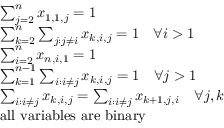
\begin{array} { r l } & { \sum _ { j = 2 } ^ { n } x _ { 1 , 1 , j } = 1 } \\ & { \sum _ { k = 2 } ^ { n } \sum _ { j : j \neq i } x _ { k , i , j } = 1 \quad \forall i > 1 } \\ & { \sum _ { i = 2 } ^ { n } x _ { n , i , 1 } = 1 } \\ & { \sum _ { k = 1 } ^ { n - 1 } \sum _ { i : i \neq j } x _ { k , i , j } = 1 \quad \forall j > 1 } \\ & { \sum _ { i : i \neq j } x _ { k , i , j } = \sum _ { i : i \neq j } x _ { k + 1 , j , i } \quad \forall j , k } \\ & { \mathrm { a l l ~ v a r i a b l e s ~ a r e ~ b i n a r y } } \end{array}